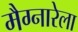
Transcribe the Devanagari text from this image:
मैग्नारेला